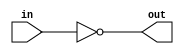
`timescale 1ns / 1ps
//////////////////////////////////////////////////////////////////////////////////
// Company: CCNU    
// 
// Design Name: 
// Module Name: Test_GPIO
// Project Name: 
// Target Devices: 
// Tool Versions: 
// Description: 
// 
// Dependencies: 
// 
// Revision:
// Revision 0.01 - File Created
// Additional Comments:
// 
//////////////////////////////////////////////////////////////////////////////////


module Test_GPIO(
input in,               //input signal
output out              //output signal
    );
assign out = ~in;       //assign out = ~in 

endmodule               //endmodule